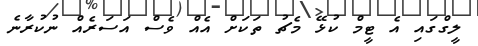
ލީގްގައި އެ ޓީމް ކުޅޭ މެޗު ތަކަށް އެއް ވެސް އަސަރެއް ނުކުރާނެ